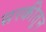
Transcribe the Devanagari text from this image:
सरकीतून